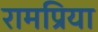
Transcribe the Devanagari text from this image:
रामप्रिया